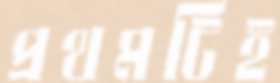
প্রথমটিই